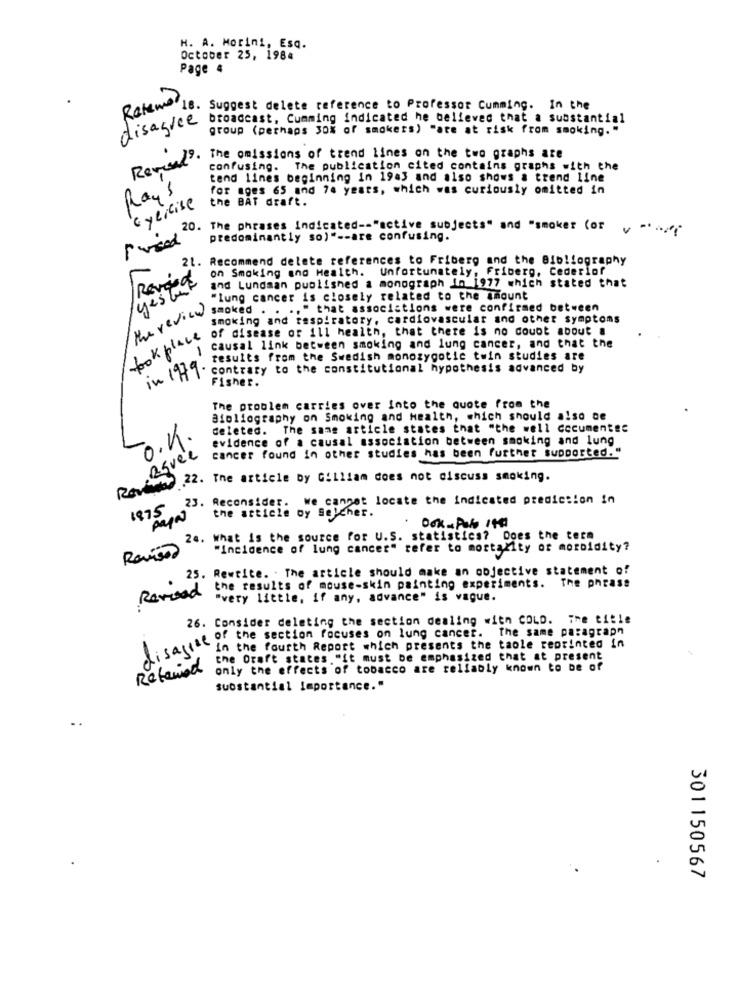
H. A. Morini, Esq.
October 25, 1984
Page 4
Reteme
18.
Suggest delete reference to Professor Cumming. In the
disagree Broadcast, Cumming indicated he believes that a substantial
group (perhaps 30% of smokers) "are at risk from smoking. "
Reveals.
The omissions of trend lines on the two graphs are
V
confusing. The publication cited contains graphs with the
tend lines beginning in 1943 and also shows a trend line
Rays
for ages 65 and 74 years, which was curiously omitted in
Cylicise
the BAT draft.
20. The phrases indicated -- "active subjects" and "smoker (or v "
Fried
predominantly so)" -- are confusing.
21. Recommend delete references to Friberg and the Bibliography
on Smoking and Health. Unfortunately, Friberg, Cederiof
and Lundsan published a monograph In 1977 which stated that
yes turk
"lung cancer is closely related to the amount
Mereview
smoked . . .. " that associations were confirmed between
smoking and respiratory, cardiovascular and other symptoms
of disease of ill health, that there is no doubt about a
took place
1
causal link between smoking and lung cancer, and that the
results from the Swedish monozygotic twin studies are
in 1979.
contrary to the constitutional hypothesis advanced by
Fisher.
The problem carries over Into the quote from the
Bibliography on Smoking and Health, which should also ce
deleted. The same article states that "the well documented
O.K.
evidence of a causal association between smoking and lung
agrée
cancer found in other studies has been further supported."
Zavindse 22. The article by Gilliam does not discuss smoking.
23.
Reconsider. we cannot locate the indicated prediction in
1975
the article oy Selcher.
. Dok- Pobo 1499
24. what is the source for U.S. statistics? Does the term
"Incidence of lung cancer" refer to mortality of morbidity?
25. Rewrite. . The article should make an objective statement of
the results of mouse-skin painting experiments. The phrase
Revised
"very little, if any, advance" is vague.
26. Consider deleting the section dealing with COLD. The title
of the section focuses on lung cancer. The same paragraph
disagree
in the fourth Report which presents the taole reprinted in
the Draft states."it must be emphasized that at present
Retained
only the effects of tobacco are reliably known to be of
substantial Importance."
301150567